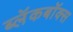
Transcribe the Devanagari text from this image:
ब्‍लॅकबॉक्स